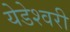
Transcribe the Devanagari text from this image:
येडेश्वरी